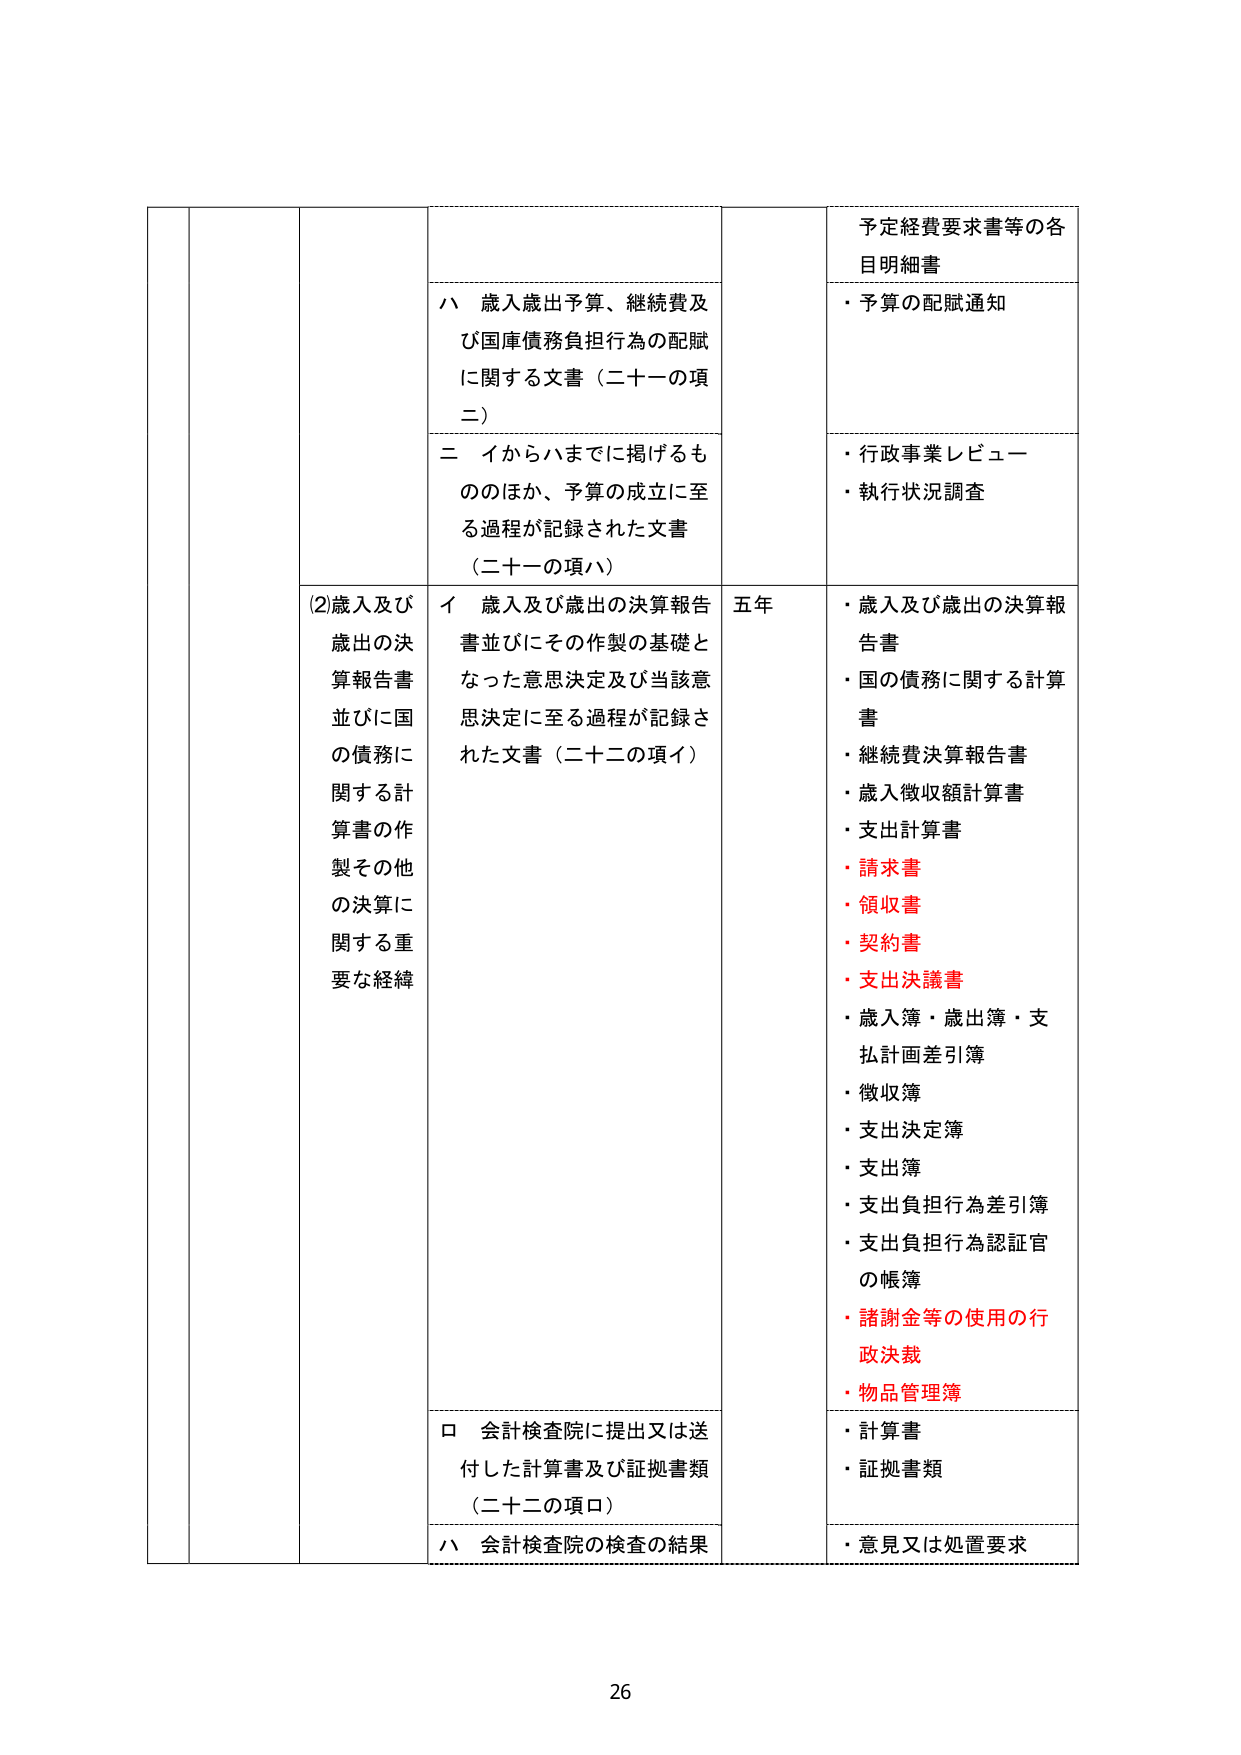
予定経費要求書等の各
目明細書
・予算の配賦通知
・行政事業レビュー
・執行状況調査

(2)歳入及び
歳出の決
算報告書
並びに国
の債務に
関する計
算書の作
製その他
の決算に
関する重
要な経緯

ハ 歳入歳出予算、継続費及
び国庫債務負担行為の配賦
に関する文書（二十一の項
二）

二 イからハまでに掲げるも
ののほか、予算の成立に至
る過程が記録された文書
（二十一の項ハ）

イ 歳入及び歳出の決算報告
書並びにその作製の基礎と
なった意思決定及び当該意
思決定に至る過程が記録さ
れた文書（二十二の項イ）

五年
・歳入及び歳出の決算報
告書
・国の債務に関する計算
書
・継続費決算報告書
・歳入徴収額計算書
・支出計算書
・請求書
・領収書
・契約書
・支出決議書
・歳入簿・歳出簿・支
払計画差引簿
・徴収簿
・支出決定簿
・支出簿
・支出負担行為差引簿
・支出負担行為認証官
の帳簿
・諸謝金等の使用の行
政決裁
・物品管理簿

ロ 会計検査院に提出又は送
付した計算書及び証拠書類
（二十二の項ロ）

ハ 会計検査院の検査の結果
・計算書
・証拠書類
・意見又は処置要求

26